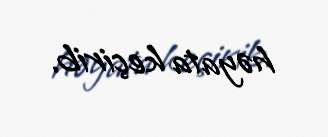
həyata keçirib.